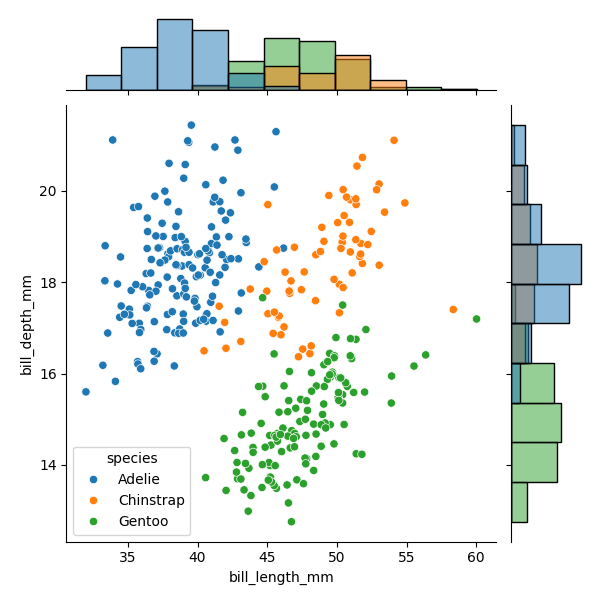
python, seaborn, JointGrid, scatterplot, histplot, hue